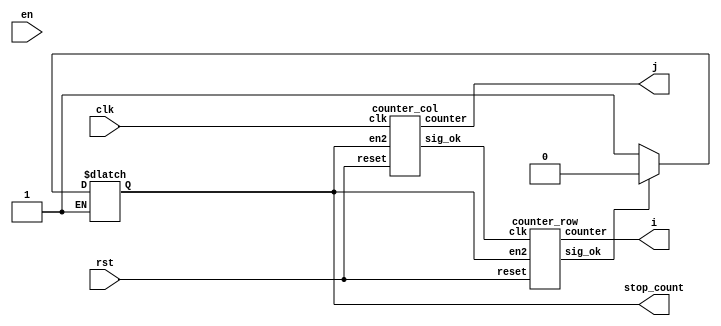
`timescale 1ns / 1ps
//////////////////////////////////////////////////////////////////////////////////
// Company: 
// Engineer: 
// 
// Design Name: 
// Module Name: control_counter
// Project Name: 
// Target Devices: 
// Tool Versions: 
// Description: 
// 
// Dependencies: 
// 
// Revision:
// Revision 0.01 - File Created
// Additional Comments:
// 
//////////////////////////////////////////////////////////////////////////////////



module control_counter
#(
//Convolution
parameter addressWidthConv=10, dataWidthConv=16,

parameter n_c = 5'd28,  //number of column matrix image 
parameter n_r = 5'd28,  //number of rows matrix image 
parameter col_fil = 5'd3, //number of columns of filter
parameter row_fil = 5'd3, //number of rows of filter
                       
parameter s0 = 4'b0000, s1 = 4'b0001, s2 = 4'b0010, s3 = 4'b0011, s4 = 4'b0100,
parameter s5 = 4'b0101, s6 = 4'b0110, s7 = 4'b0111, s8 = 4'b1000, s9 = 4'b1001,
parameter s10 = 4'b1010, s11 = 4'b1011, s12 = 4'b1100, s13 = 4'b1101, s14 = 4'b1110,
           

parameter pwd = "/home/javier/Documents/fpga_implementations_of_neural_networks/CNN/02_hardware/01_test_vivado/04_convolution/04_convolution.srcs/sources_1/new/rstl_conv2.txt",


//counter for memory of result of convolution
parameter counterWidth= 10,


//memory filter
parameter numWeightFilter = 10, addressWidthFilter=4, dataWidthFilter=16,
parameter weightFileFilter="/home/javier/Documents/fpga_implementations_of_neural_networks/CNN/02_hardware/01_test_vivado/project_7/project_7.srcs/sources_1/new/filter1.txt",
   
//memory image
parameter numWeightImg = 784, 
parameter addressWidthImg=10, dataWidthImg= 16,
parameter weightFileImg="/home/javier/Documents/fpga_implementations_of_neural_networks/CNN/02_hardware/01_test_vivado/project_7/project_7.srcs/sources_1/new/image.mem",
      
//quantization
parameter q = 64'd2014687024, //q = 31'b1111000000101011010111100110000
parameter mask = 8'd255,
parameter zero = 1'd0,
parameter one = 1'd1,
parameter offset_ent = 6,
parameter offset_sor = -1,
	
	
//memory_rstl_conv
parameter numWeightRstlConv = 676,
parameter addressWidthRstlConv=10, 
parameter dataWidthRstlConv=8

)
(
        input clk, en, rst, 
        output stop_count,
        output[counterWidth-1:0] i,j
    
);


    wire sig_ok_1;
    wire sig_ok_2;
    reg sig_en;

    counter_col counter_j(
        .clk(clk),
        .reset(rst),
        .en2(sig_en),
        .counter(j),
        .sig_ok(sig_ok_1)
    );
    counter_row counter_i(
        .clk(sig_ok_1),
        .reset(rst),
        .en2(sig_en),
        .counter(i),
        .sig_ok(sig_ok_2)
    );

    always @(*)
    begin    
        if(sig_ok_2)
        begin
            sig_en <= 0;
        end
        else if(!sig_ok_2)
            sig_en <= 1;
        begin
        
        end
    end
    assign stop_count = sig_en;
endmodule



module counter_row
#(
//Convolution
parameter addressWidthConv=10, dataWidthConv=16,

parameter n_c = 5'd28,  //number of column matrix image 
parameter n_r = 5'd28,  //number of rows matrix image 
parameter col_fil = 5'd3, //number of columns of filter
parameter row_fil = 5'd3, //number of rows of filter
                       
parameter s0 = 4'b0000, s1 = 4'b0001, s2 = 4'b0010, s3 = 4'b0011, s4 = 4'b0100,
parameter s5 = 4'b0101, s6 = 4'b0110, s7 = 4'b0111, s8 = 4'b1000, s9 = 4'b1001,
parameter s10 = 4'b1010, s11 = 4'b1011, s12 = 4'b1100, s13 = 4'b1101, s14 = 4'b1110,
           

parameter pwd = "/home/javier/Documents/fpga_implementations_of_neural_networks/CNN/02_hardware/01_test_vivado/04_convolution/04_convolution.srcs/sources_1/new/rstl_conv2.txt",


//counter for memory of result of convolution
parameter counterWidth= 10,


//memory filter
parameter numWeightFilter = 10, addressWidthFilter=4, dataWidthFilter=16,
parameter weightFileFilter="/home/javier/Documents/fpga_implementations_of_neural_networks/CNN/02_hardware/01_test_vivado/project_7/project_7.srcs/sources_1/new/filter1.txt",
   
//memory image
parameter numWeightImg = 784, 
parameter addressWidthImg=10, dataWidthImg= 16,
parameter weightFileImg="/home/javier/Documents/fpga_implementations_of_neural_networks/CNN/02_hardware/01_test_vivado/project_7/project_7.srcs/sources_1/new/image.mem",
      
//quantization
parameter q = 64'd2014687024, //q = 31'b1111000000101011010111100110000
parameter mask = 8'd255,
parameter zero = 1'd0,
parameter one = 1'd1,
parameter offset_ent = 6,
parameter offset_sor = -1,
	
	
//memory_rstl_conv
parameter numWeightRstlConv = 676,
parameter addressWidthRstlConv=10, 
parameter dataWidthRstlConv=8

)
(
    input clk, reset, en2, 
    output[counterWidth-1:0] counter, 
    output sig_ok
);
                        

    
    reg [counterWidth-1:0] counter_2;
    //reg en2;
    reg ok;
    
    initial
    begin
        ok = 0;
    end
    
    // up counter
    always @(posedge clk or posedge reset)
    begin
        if(reset)
        begin
            counter_2 <= 4'd0;
            ok <= 0;
        end
        else if(en2)
        begin
            counter_2 <= counter_2 + 4'd1;
            ok <= 0;
            if(counter_2 == (n_r - 4'd2 - 1))
            begin
                counter_2 <= 0;
                ok <= 1; 
            end
        end
    end 
    assign counter = counter_2;
    assign sig_ok = ok;
endmodule


module counter_col
#(
//Convolution
parameter addressWidthConv=10, dataWidthConv=16,

parameter n_c = 5'd28,  //number of column matrix image 
parameter n_r = 5'd28,  //number of rows matrix image 
parameter col_fil = 5'd3, //number of columns of filter
parameter row_fil = 5'd3, //number of rows of filter
                       
parameter s0 = 4'b0000, s1 = 4'b0001, s2 = 4'b0010, s3 = 4'b0011, s4 = 4'b0100,
parameter s5 = 4'b0101, s6 = 4'b0110, s7 = 4'b0111, s8 = 4'b1000, s9 = 4'b1001,
parameter s10 = 4'b1010, s11 = 4'b1011, s12 = 4'b1100, s13 = 4'b1101, s14 = 4'b1110,
           

parameter pwd = "/home/javier/Documents/fpga_implementations_of_neural_networks/CNN/02_hardware/01_test_vivado/04_convolution/04_convolution.srcs/sources_1/new/rstl_conv2.txt",


//counter for memory of result of convolution
parameter counterWidth= 10,


//memory filter
parameter numWeightFilter = 10, addressWidthFilter=4, dataWidthFilter=16,
parameter weightFileFilter="/home/javier/Documents/fpga_implementations_of_neural_networks/CNN/02_hardware/01_test_vivado/project_7/project_7.srcs/sources_1/new/filter1.txt",
   
//memory image
parameter numWeightImg = 784, 
parameter addressWidthImg=10, dataWidthImg= 16,
parameter weightFileImg="/home/javier/Documents/fpga_implementations_of_neural_networks/CNN/02_hardware/01_test_vivado/project_7/project_7.srcs/sources_1/new/image.mem",
      
//quantization
parameter q = 64'd2014687024, //q = 31'b1111000000101011010111100110000
parameter mask = 8'd255,
parameter zero = 1'd0,
parameter one = 1'd1,
parameter offset_ent = 6,
parameter offset_sor = -1,
	
	
//memory_rstl_conv
parameter numWeightRstlConv = 676,
parameter addressWidthRstlConv=10, 
parameter dataWidthRstlConv=8

)
(
    input clk, reset, en2, 
    output[counterWidth-1:0] counter, 
    output sig_ok
    
);

    
    reg [counterWidth-1:0] counter_2;
    //reg en2;
    reg ok;
    
    initial
    begin
        ok = 0;
    end
    
    // up counter
    always @(posedge clk or posedge reset)
    begin
        if(reset)
        begin
            counter_2 <= 4'd0;
            ok <= 0;
        end
        else if(en2)
        begin
            counter_2 <= counter_2 + 4'd1;
            ok <= 0;
            if(counter_2 == (n_c - 4'd2 -1))
            begin
                counter_2 <= 0;
                ok <= 1; 
            end
        end
    end 
    assign counter = counter_2;
    assign sig_ok = ok;
endmodule